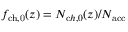
f _ { \mathrm { c h , 0 } } ( z ) = N _ { \mathrm c h , 0 } ( z ) / N _ { \mathrm { a c c } }